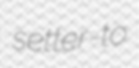
setter-to